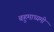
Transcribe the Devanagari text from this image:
बहुमाध्यमी